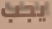
يجب